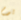
يوم